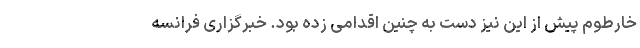
خارطوم پیش از این نیز دست به چنین اقدامی زده بود. خبرگزاری فرانسه